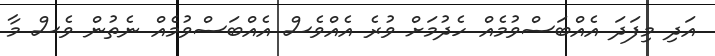
އަދި މިފަދަ އެއްބަސްވުމެއް ހެދުމަށް ވުރެ އެއްވެސް އެއްބަސްވުމެއް ނެތުން ވެސް މާ